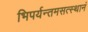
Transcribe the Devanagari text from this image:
भिपर्यन्तमसत्स्थानं